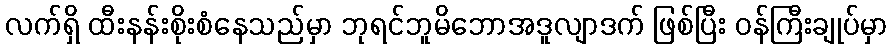
လက်ရှိ ထီးနန်းစိုးစံနေသည်မှာ ဘုရင်ဘူမိဘောအဒူလျာဒက် ဖြစ်ပြီး ဝန်ကြီးချုပ်မှာ